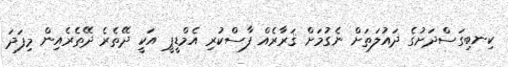
ކިނބިގަސްދަށުގެ ދައުލަތަށް ނެގުމަށް ޤަރާރެއް ފާސްކުރި އެމްޑީޕީ އަކީ ދޭތެރެ ދޭތެރެއިން މިފަދަ